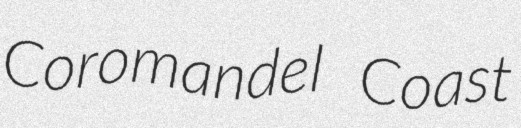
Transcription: Coromandel Coast